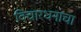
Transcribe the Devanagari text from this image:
विचारधनाचा